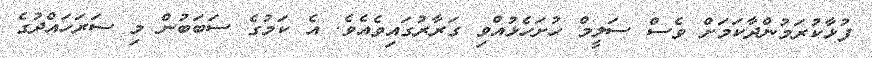
ފުޅާކުރަމުންދާކަމަށް ވެސް ސަލީމް ހުށަހެޅުއްވި ގަރާރުގައިވެއެވެ. އެ ކަމުގެ ސަބަބުން މި ސަރަހައްދުގެ